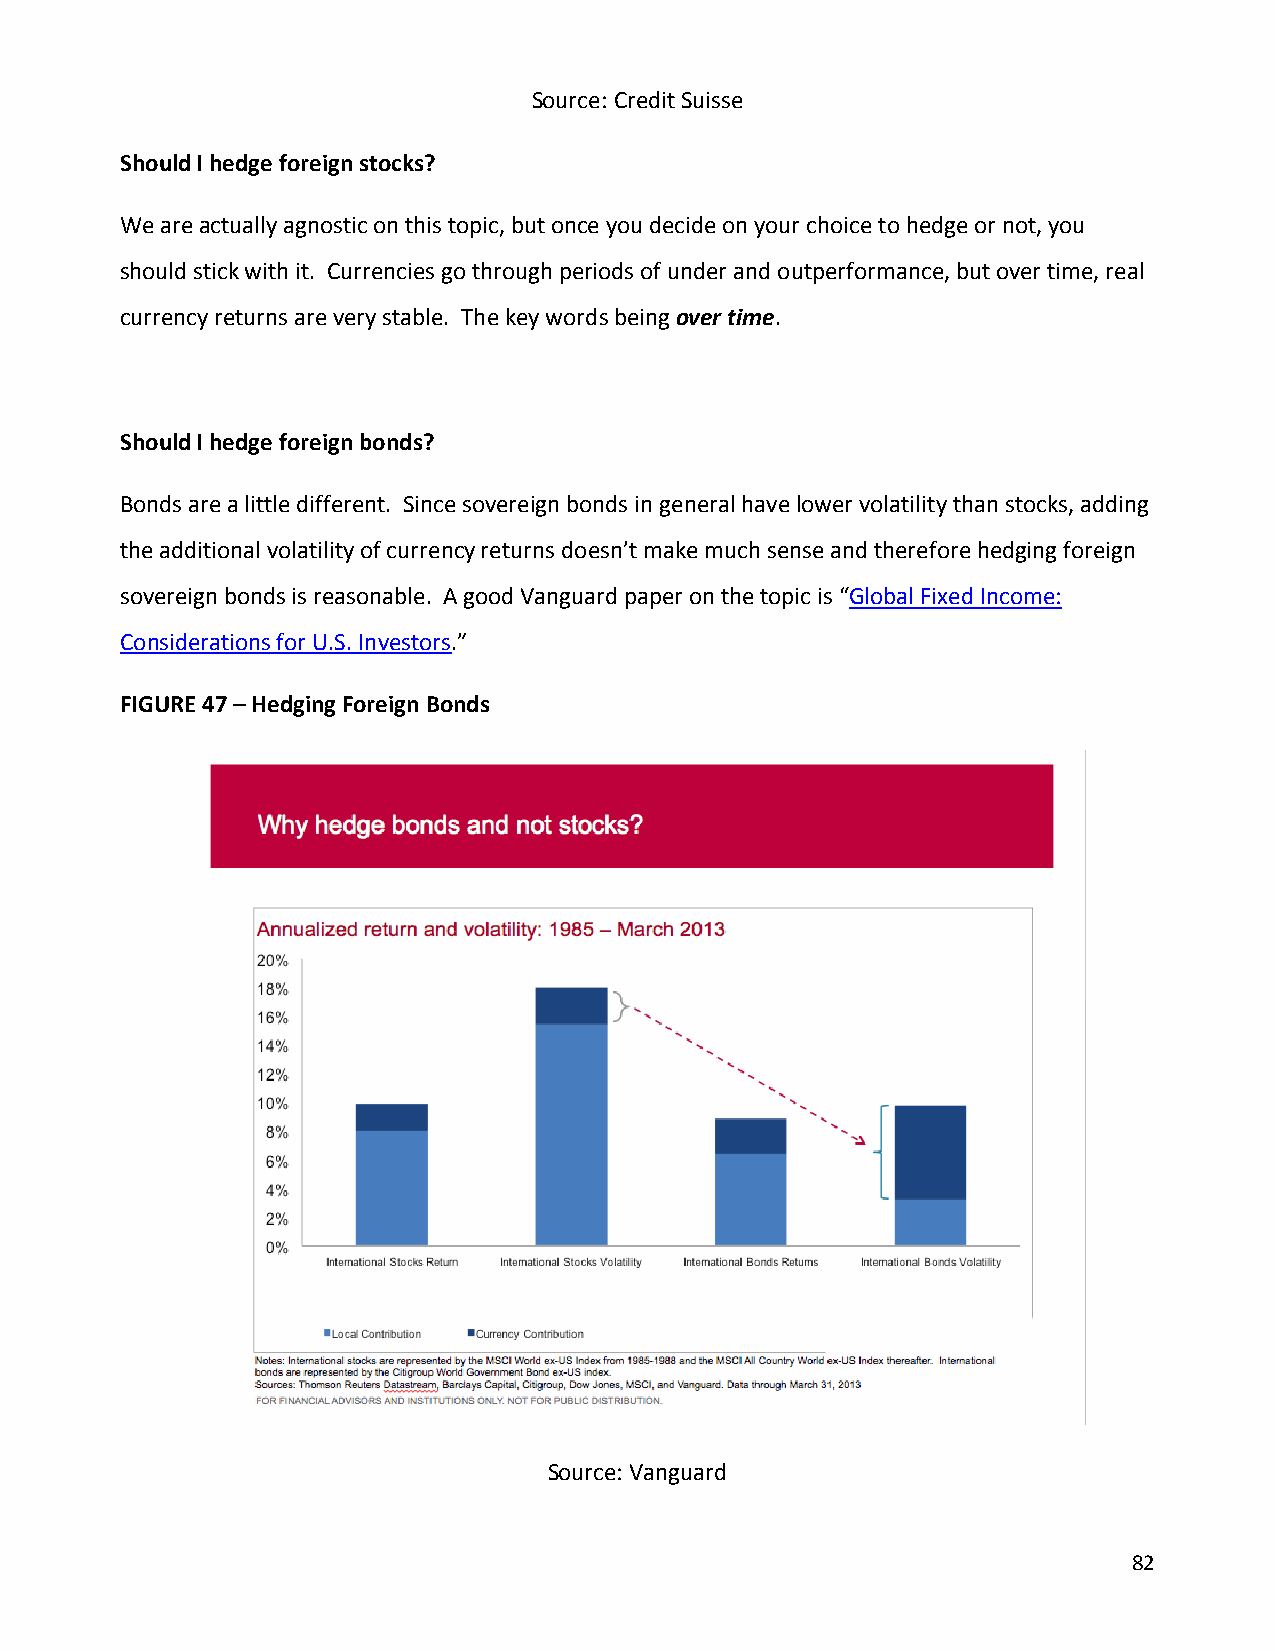
Source: Credit Suisse
 Should I hedge foreign stocks?
 We are actually agnostic on this topic, but once you decide on your choice to hedge or not, you
 should stick with it. Currencies go through periods of under and outperformance, but over time, real
 currency returns are very stable. The key words being over time.
 Should I hedge foreign bonds?
 Bonds are a little different. Since sovereign bonds in general have lower volatility than stocks, adding
 the additional volatility of currency returns doesn’t make much sense and therefore hedging foreign
 sovereign bonds is reasonable. A good Vanguard paper on the topic is “Global Fixed Income:
 Considerations for U.S. Investors.”
 FIGURE 47 – Hedging Foreign Bonds
 Source: Vanguard
 82